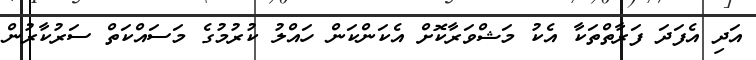
އަދި އެފަދަ ފަރާތްތަކާ އެކު މަޝްވަރާކޮށް އެކަންކަން ހައްލު ކުރުމުގެ މަސައްކަތް ސަރުކާރުން